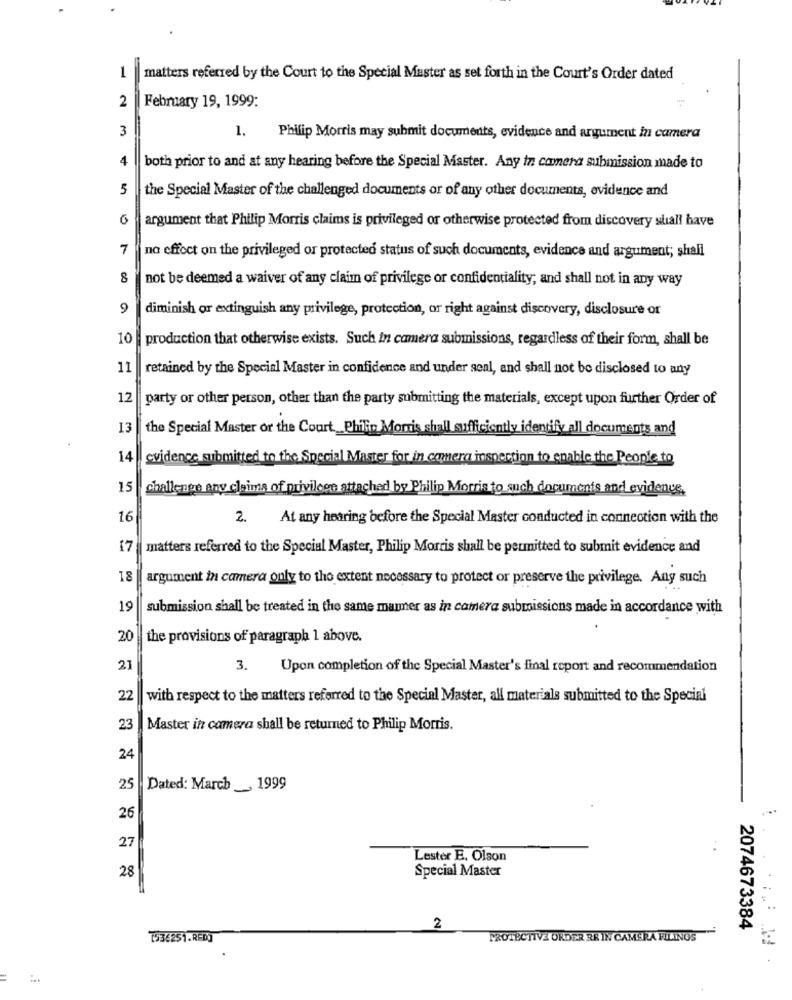
1
matters referred by the Court to the Special Master as set forth in the Court's Order dated
2
February 19, 1999:
3
1.
Philip Morris may submit documents, evidence and argument in camera
4
both prior to and at any hearing before the Special Master. Any in camera submission made to
5
the Special Master of the challenged documents or of any other documents, evidence and
argument that Philip Morris claims is privileged or otherwise protected from discovery shall have
7
no effect on the privileged or protected status of such documents, evidence and argument; shall
8
not be deemed a waiver of any claim of privilege or confidentiality; and shall not in any way
9
diminish or extinguish any privilege, protection, or right against discovery, disclosure or
10
production that otherwise exists. Such in camera submissions, regardless of their form, shall be
11
retained by the Special Master in confidence and under seal, and shall not be disclosed to any
12
party or other person, other than the party submitting the materials, except upon further Order of
13
the Special Master or the Court _Philip Morris shall sufficiently identify all documents and
14
evidence submitted to the Special Master for in camera inspection to enable the People to
15
challenge any claims of privilcee attached by Philip Morris to such documents and evidence,
16
2.
At any hearing before the Special Master conducted in connection with the
17 matters referred to the Special Master, Philip Morris shall be permitted to submit evidence and
18
argument in camera only to the extent necessary to protect or preserve the privilege. Any such
19
submission shall be treated in the same manner as in camera submissions made in accordance with
20 the provisions of paragraph 1 above.
21
3.
Upon completion of the Special Master's final report and recommendation
22
with respect to the matters referred to the Special Master, all materials submitted to the Special
23
Master in camera shall be returned to Philip Morris.
24
25
Dated: March 1999
26
27
Lester E. Olson
28
Special Master
2
2074673384
[536251.RED]
PROTECTIVE ORDER RR IN CAMERA FILINGS